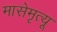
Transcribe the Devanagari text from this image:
मासेमृत्यू